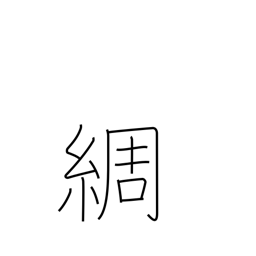
Meaning: detailed